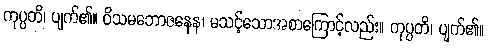
ကုပ္ပတိ၊ ပျက်၏။ ဝိသမဘောဇနေန၊ မသင့်သောအစာကြောင့်လည်း။ ကုပ္ပတိ၊ ပျက်၏။